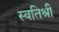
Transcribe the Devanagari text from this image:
स्वतिश्री